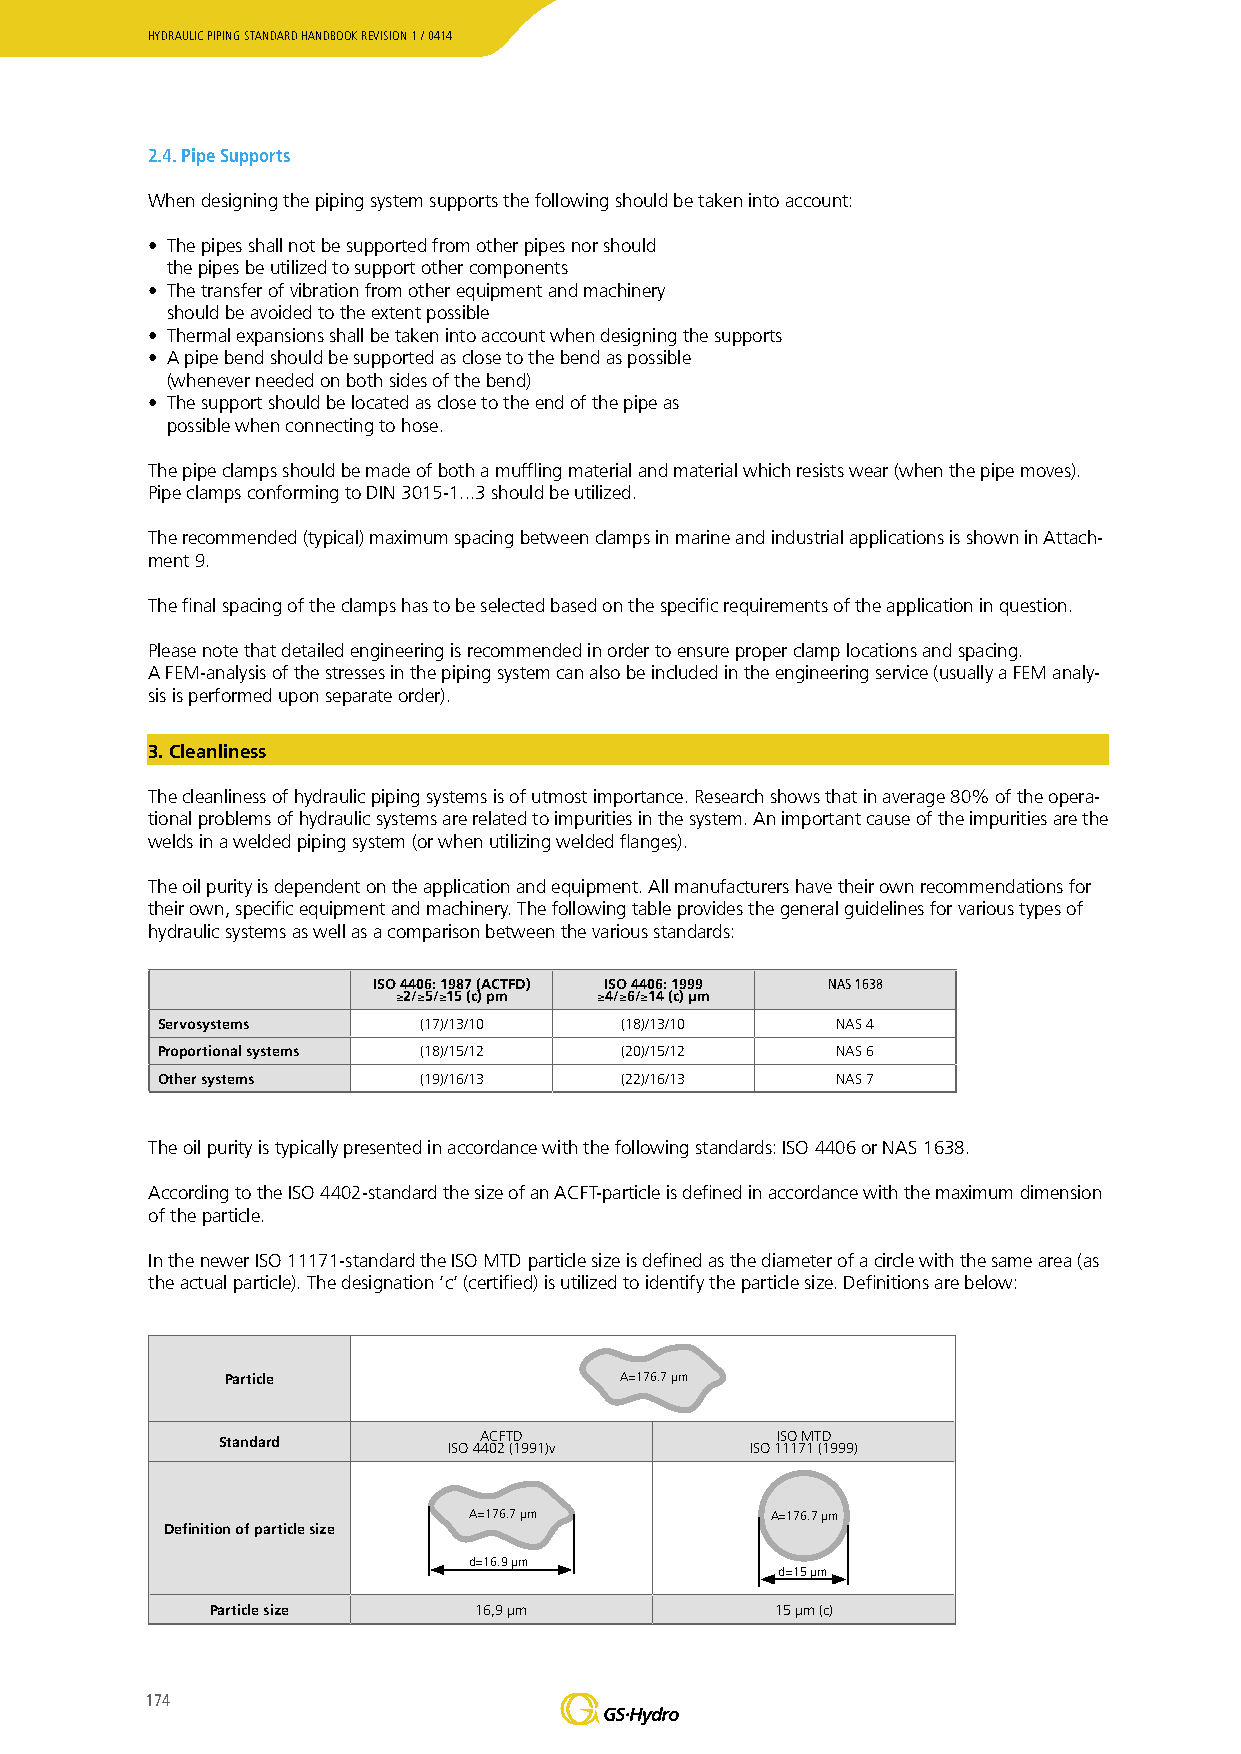
HYDRAULIC PIPING STANDARD HANDBOOK REVISION 1 / 0414
 2.4. Pipe Supports
 When designing the piping system supports the following should be taken into account:
 • The pipes shall not be supported from other pipes nor should
 the pipes be utilized to support other components
 • The transfer of vibration from other equipment and machinery
 should be avoided to the extent possible
 • Thermal expansions shall be taken into account when designing the supports
 • A pipe bend should be supported as close to the bend as possible
 (whenever needed on both sides of the bend)
 • The support should be located as close to the end of the pipe as
 possible when connecting to hose.
 The pipe clamps should be made of both a muffling material and material which resists wear (when the pipe moves).
 Pipe clamps conforming to DIN 3015-1...3 should be utilized.
 The recommended (typical) maximum spacing between clamps in marine and industrial applications is shown in Attach-
 ment 9.
 The final spacing of the clamps has to be selected based on the specific requirements of the application in question.
 Please note that detailed engineering is recommended in order to ensure proper clamp locations and spacing.
 A FEM-analysis of the stresses in the piping system can also be included in the engineering service (usually a FEM analy-
 sis is performed upon separate order).
 3. Cleanliness
 The cleanliness of hydraulic piping systems is of utmost importance. Research shows that in average 80% of the opera-
 tional problems of hydraulic systems are related to impurities in the system. An important cause of the impurities are the
 welds in a welded piping system (or when utilizing welded flanges).
 The oil purity is dependent on the application and equipment. All manufacturers have their own recommendations for
 their own, specific equipment and machinery. The following table provides the general guidelines for various types of
 hydraulic systems as well as a comparison between the various standards:
 ISO 4406: 1987 (ACTFD) ISO 4406: 1999 NAS 1638
 ≥2/≥5/≥15 (c) pm ≥4/≥6/≥14 (c) µm
 Servosystems      (17)/13/10   (18)/13/10    NAS 4
 Proportional systems (18)/15/12 (20)/15/12   NAS 6
 Other systems     (19)/16/13   (22)/16/13    NAS 7
 The oil purity is typically presented in accordance with the following standards: ISO 4406 or NAS 1638.
 According to the ISO 4402-standard the size of an ACFT-particle is defined in accordance with the maximum dimension
 of the particle.
 In the newer ISO 11171-standard the ISO MTD particle size is defined as the diameter of a circle with the same area (as
 the actual particle). The designation ’c’ (certified) is utilized to identify the particle size. Definitions are below:
 Particle                  A=176.7 µm
 ACFTD              ISO MTD
 Standard
 ISO 4402 (1991)v    ISO 11171 (1999)
 A=176.7 µm          A=176.7 µm
 Definition of particle size
 d=16.9 µm
 d=15 µm
 Particle size    16,9 µm             15 µm (c)
 174